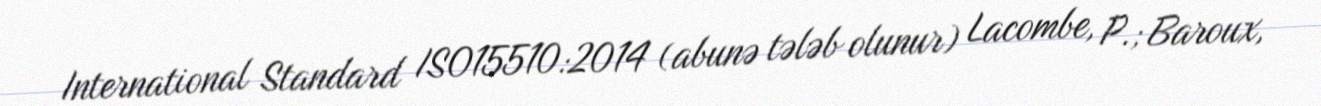
International Standard ISO15510:2014 (abunə tələb olunur) Lacombe, P.; Baroux,